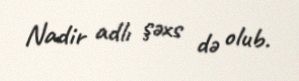
Nadir adlı şəxs də olub.